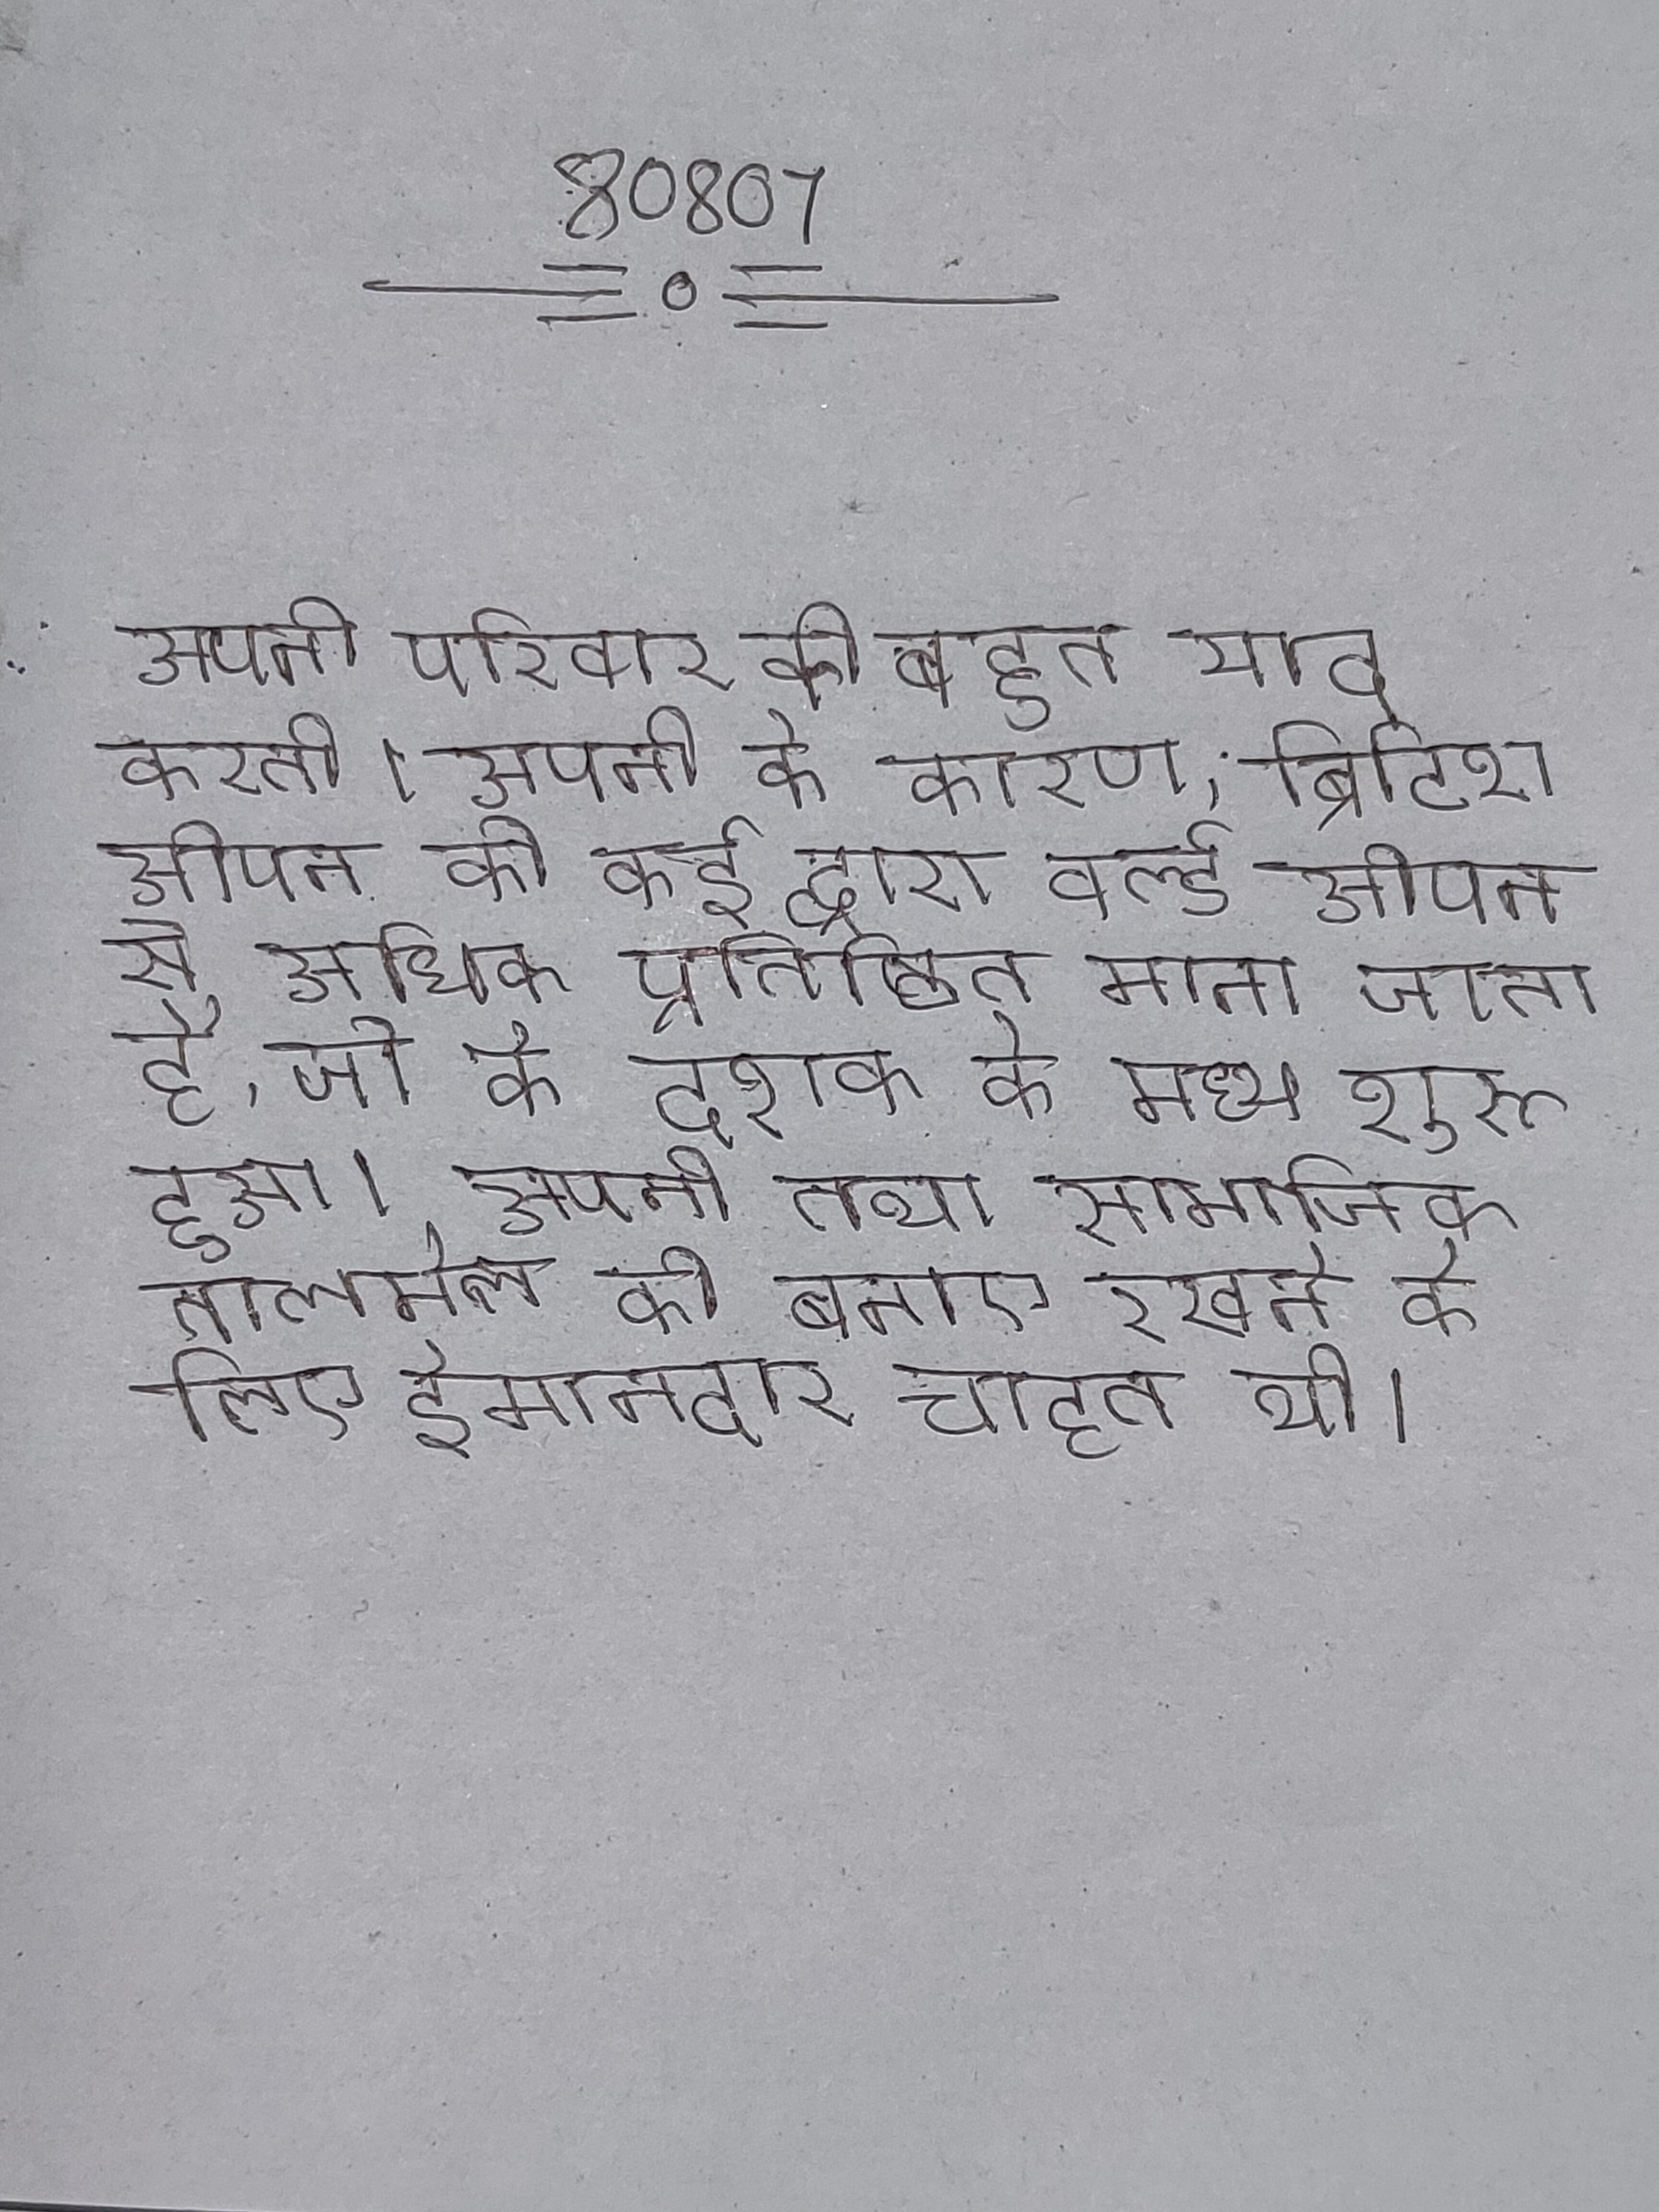
अपनी परिवार को बहुत याद करती । अपनी के कारण, ब्रिटिश ओपन को कई द्वारा वर्ल्ड ओपन से अधिक प्रतिष्ठित माना जाता है, जो के दशक के मध्य शुरू हुआ । अपनी तथा सामाजिक तालमेल को बनाए रखने के लिए ईमानदार चाहत थी ।